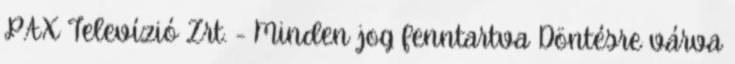
PAX Televízió Zrt. - Minden jog fenntartva Döntésre várva